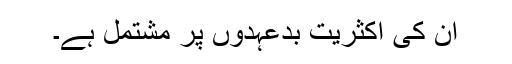
ان کی اکثریت بدعہدوں پر مشتمل ہے۔